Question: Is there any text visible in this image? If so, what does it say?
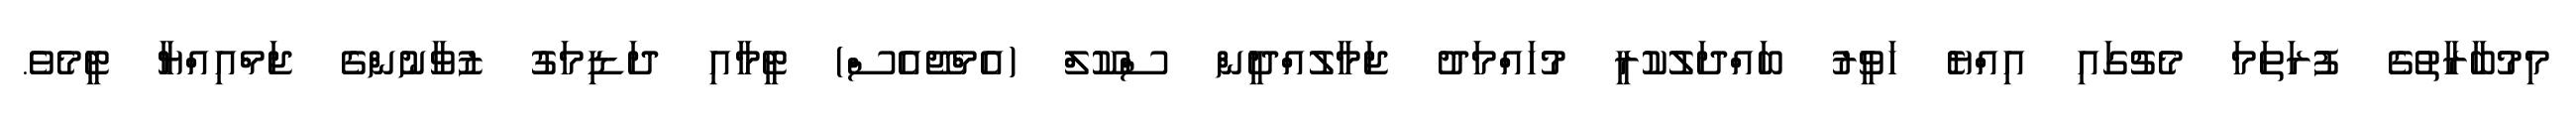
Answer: މިމުބާރާތުގެ ފުރަތަމަ މެޗުގައި އިއްޔެ ހަވީރު ބައްދަލުކުރީ މުހައްމަދު ޖަމާލުއްދީން ސްކޫލް (އެމްޖޭއެސް) ޓީމާއި ދަޑިމަގު ޒުވާނުންގެ ޖަމްއިއްޔާ ޓީމެވެ.